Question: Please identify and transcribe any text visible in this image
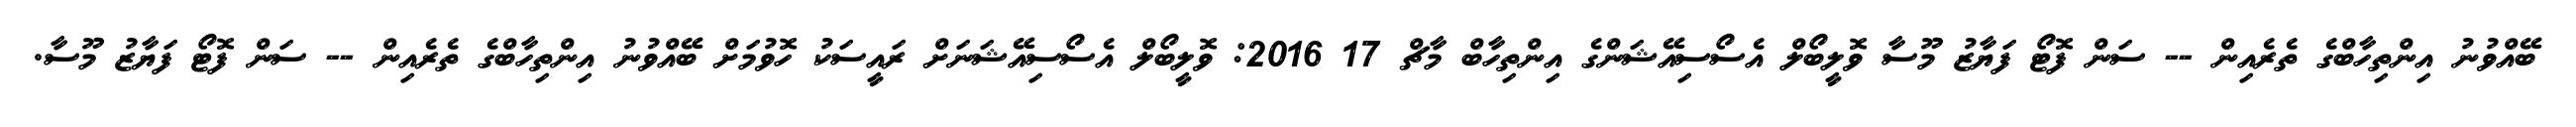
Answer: ބޭއްވުނު އިންތިހާބްގެ ތެރެއިން -- ސަން ފޮޓޯ ފަޔާޒު މޫސާ ވޮލީބޯލް އެސޯސިއޭޝަންގެ އިންތިހާބް މާޗް 17 2016: ވޮލީބޯލް އެސޯސިއޭޝަނަށް ރައީސަކު ހޮވުމަށް ބޭއްވުނު އިންތިހާބްގެ ތެރެއިން -- ސަން ފޮޓޯ ފަޔާޒު މޫސާ.